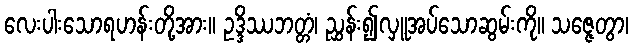
လေးပါးသောရဟန်းတို့အား။ ဥဒ္ဒိဿဘတ္တံ၊ ညွှန်း၍လှူအပ်သောဆွမ်းကို။ သဇ္ဇေတွာ၊